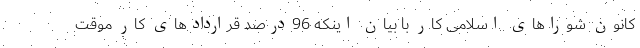
کانون شوراهای اسلامی کار با بیان اینکه 96درصد قراردادهای کار موقت